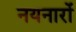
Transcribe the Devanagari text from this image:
नयनारों